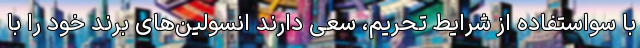
با سواستفاده از شرایط تحریم، سعی دارند انسولین‌های برند خود را با